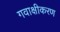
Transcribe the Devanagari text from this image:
गवाक्षीकरण